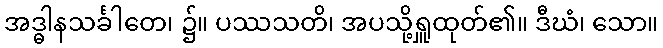
အဒ္ဓါနသင်္ခါတေ၊ ၌။ ပဿသတိ၊ အပသို့ရှူထုတ်၏။ ဒီဃံ၊ သော။